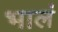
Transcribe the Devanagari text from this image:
भालं